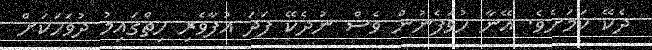
ދެކޭ ކަމަށެވެ. އޭނާ ހުވަފެނުން ވެސް ނުދެކޭ ފަދަ އުފާވެރި ހިތްގައިމު ދުވަހަކަށް